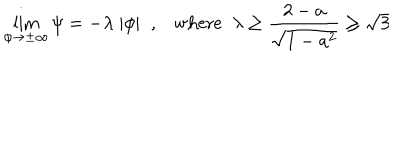
\lim _ { \phi \to \pm \infty } \psi = - \lambda \; | \phi | \; \; , \mathrm { w h e r e } \; \; \lambda \ge \frac { 2 - a } { \sqrt { 1 - a ^ { 2 } } } \ge \sqrt { 3 }